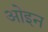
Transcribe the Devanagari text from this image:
ओइन